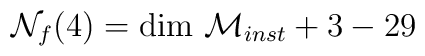
{\cal N} _f(4) = {\rm dim} \  {\cal M} _{inst}+3 -29